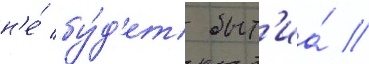
н'е́ бу́д'ет быт'иа́ //